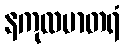
နကုလမာတရံ